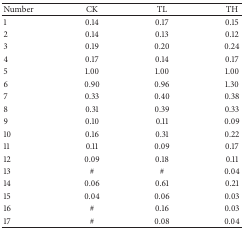
<table><thead><tr><td><b>Number</b></td><td><b>CK</b></td><td><b>TL</b></td><td><b>TH</b></td></tr></thead><tbody><tr><td>1</td><td>0.14</td><td>0.17</td><td>0.15</td></tr><tr><td>2</td><td>0.14</td><td>0.13</td><td>0.12</td></tr><tr><td>3</td><td>0.19</td><td>0.20</td><td>0.24</td></tr><tr><td>4</td><td>0.17</td><td>0.14</td><td>0.17</td></tr><tr><td>5</td><td>1.00</td><td>1.00</td><td>1.00</td></tr><tr><td>6</td><td>0.90</td><td>0.96</td><td>1.30</td></tr><tr><td>7</td><td>0.33</td><td>0.40</td><td>0.38</td></tr><tr><td>8</td><td>0.31</td><td>0.39</td><td>0.33</td></tr><tr><td>9</td><td>0.10</td><td>0.11</td><td>0.09</td></tr><tr><td>10</td><td>0.16</td><td>0.31</td><td>0.22</td></tr><tr><td>11</td><td>0.11</td><td>0.09</td><td>0.17</td></tr><tr><td>12</td><td>0.09</td><td>0.18</td><td>0.11</td></tr><tr><td>13</td><td>#</td><td>#</td><td>0.04</td></tr><tr><td>14</td><td>0.06</td><td>0.61</td><td>0.21</td></tr><tr><td>15</td><td>0.04</td><td>0.06</td><td>0.03</td></tr><tr><td>16</td><td>#</td><td>0.16</td><td>0.03</td></tr><tr><td>17</td><td>#</td><td>0.08</td><td>0.04</td></tr></tbody></table>